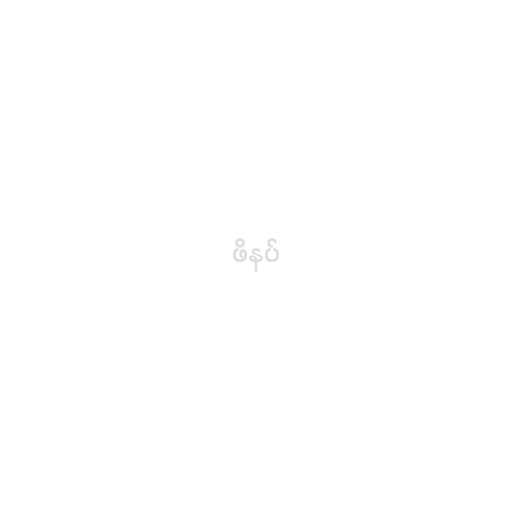
ဖိနပ်